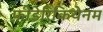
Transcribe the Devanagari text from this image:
फ़ीडेरिकियेनम